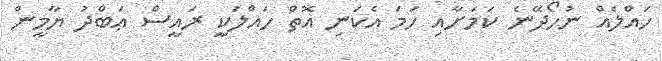
ހައްލެއް ނުހޯދޭނެ ކަމަށާއި ހަމަ އެކަނި އޮތް ހައްލަކީ ރައީސް ޢަބްދު ޔާމީން